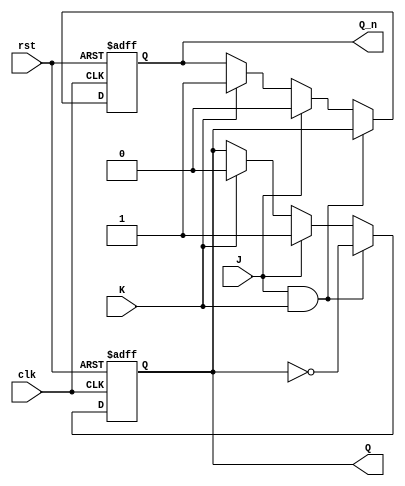
module jk_flipflop_negedge (
    input wire clk,
    input wire rst,
    input wire J,
    input wire K,
    output reg Q,
    output reg Q_n
);

always @(negedge clk or posedge rst)
if (rst)
    begin
        Q <= 0;
        Q_n <= 1;
    end
else
    begin
        if (J && K)
            begin
                Q <= ~Q;
                Q_n <= Q;
            end
        else if (J)
            begin
                Q <= 1;
                Q_n <= 0;
            end
        else if (K)
            begin
                Q <= 0;
                Q_n <= 1;
            end
    end

endmodule